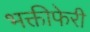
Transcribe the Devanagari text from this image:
भक्तीफेरी